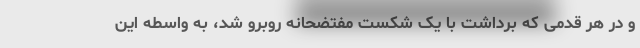
و در هر قدمی که برداشت با یک شکست مفتضحانه روبرو شد، به واسطه این